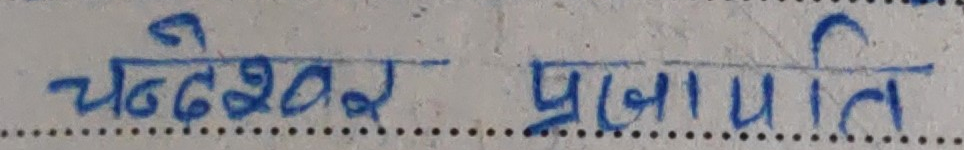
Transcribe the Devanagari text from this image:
चन्देश्वर प्रजापति